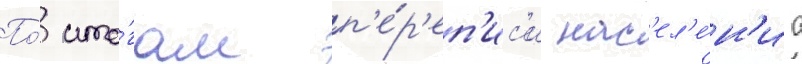
По́ ито́гам п'е́р'еп'ис'и нас'ел'е́н'иа